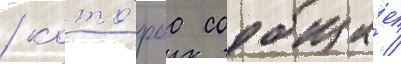
/ кото́раа сообща́ет /